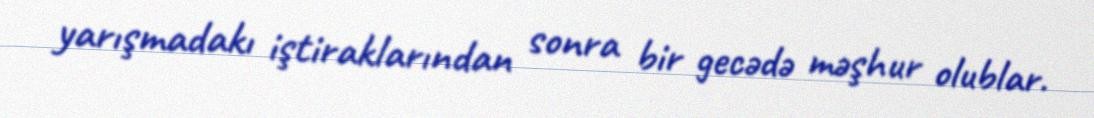
yarışmadakı iştiraklarından sonra bir gecədə məşhur olublar.